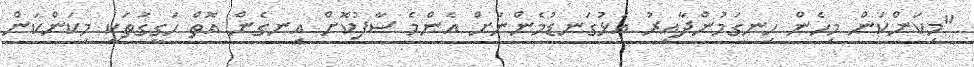
"މިކަންކަން މިހެން ހިނގަމުންދާއިރު އަޅުގަނޑުމެންނަށް އެންމެ ސާފުކޮށް އިނގެން އޮތް ހަގީގަތަކީ މިކަންކަން